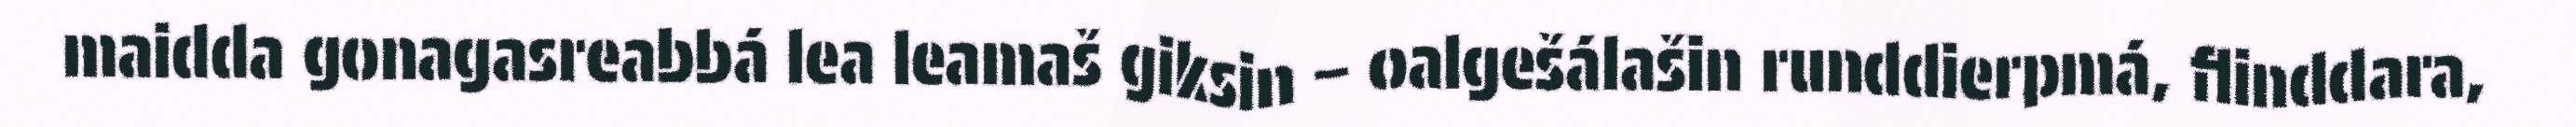
maidda gonagasreabbá lea leamaš giksin – oalgešálašin runddierpmá, flinddara,